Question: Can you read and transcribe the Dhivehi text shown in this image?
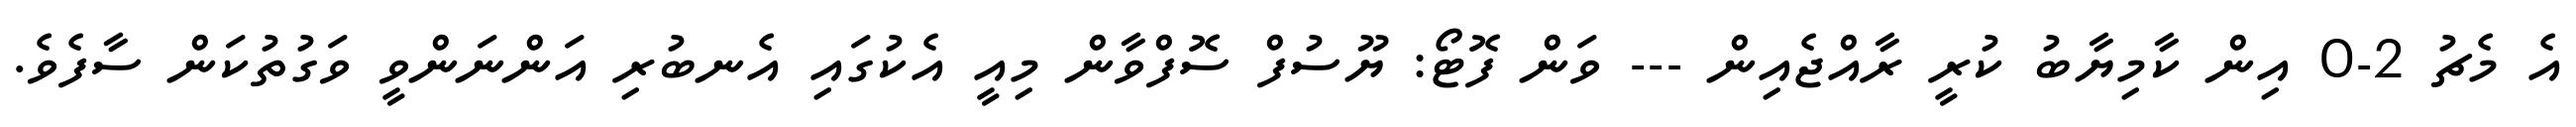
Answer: އެ މެޗު 2-0 އިން ކާމިޔާބު ކުރީ ރާއްޖެއިން --- ވަން ފޮޓޯ: ޔޫސުފް ސޮފްވާން މިއީ އެކުގައި އެނބުރި އަންނަންވީ ވަގުތުކަން ސާފެވެ.